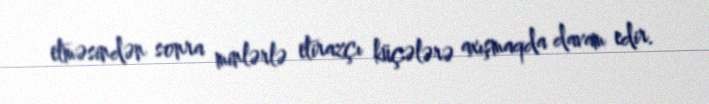
etməsindən sonra minlərlə etirazçı küçələrə axışmaqda davam edir.